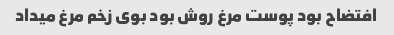
افتضاح بود پوست مرغ روش بود بوی زخم مرغ میداد